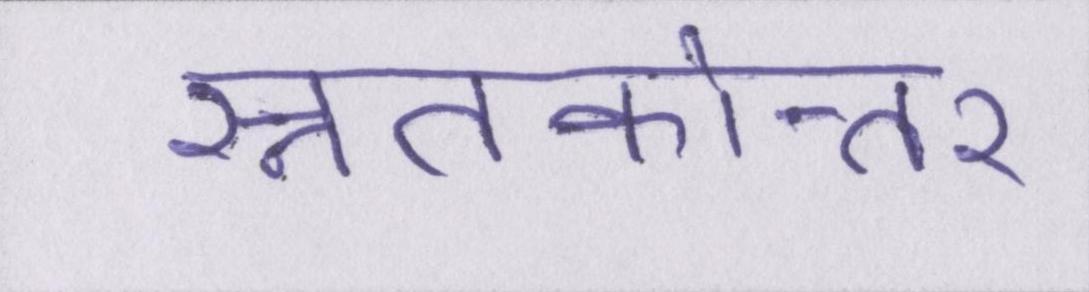
स्नातकोत्तर